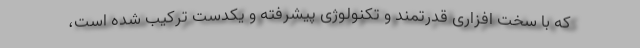
که با سخت افزاری قدرتمند و تکنولوژی پیشرفته و یکدست ترکیب شده است،